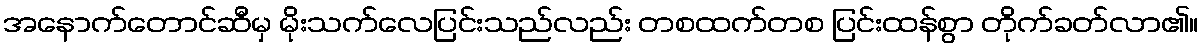
အနောက်တောင်ဆီမှ မိုးသက်လေပြင်းသည်လည်း တစထက်တစ ပြင်းထန်စွာ တိုက်ခတ်လာ၏။